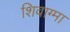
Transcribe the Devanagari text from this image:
शिवाग्मा